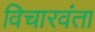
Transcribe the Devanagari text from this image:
विचारवंता